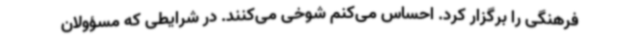
فرهنگی را برگزار کرد. احساس می‌کنم شوخی می‌کنند. در شرایطی که مسؤولان